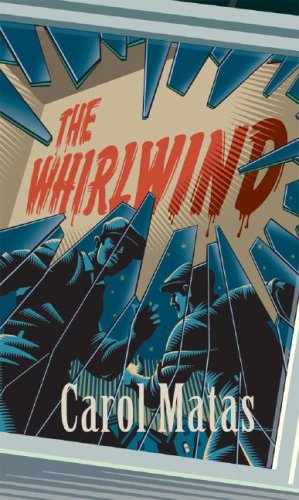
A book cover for The Whirlwind; Carol Matas; Teen & Young Adult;